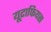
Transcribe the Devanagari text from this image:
यूटाफियस